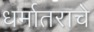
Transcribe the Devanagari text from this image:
धर्मातराचे